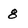
Character: 8